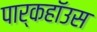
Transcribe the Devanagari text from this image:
पार्कहॉउस